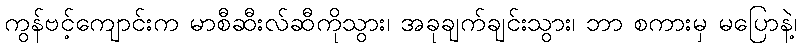
ကွန်ဗင့်ကျောင်းက မာစီဆီးလ်ဆီကိုသွား၊ အခုချက်ချင်းသွား၊ ဘာ စကားမှ မပြောနဲ့၊